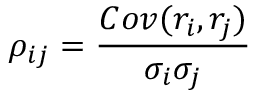
\rho _ { i j } = \frac { C o v ( r _ { i } , r _ { j } ) } { \sigma _ { i } \sigma _ { j } }